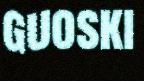
guoski